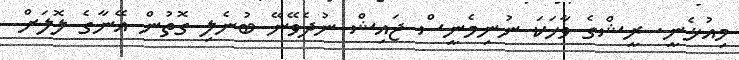
މިއުޅެނީ. ރީޝްގެ ވާހަކަ ނުނިމެނީސް ޖައިޝް ނުދެވޭނޭ ބުނެލި ގޮތުން އޭނާގެ ލޮލަށް